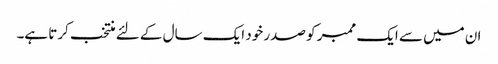
ان میں سے ایک ممبر کو صدر خود ایک سال کے لئے منتخب کرتا ہے۔